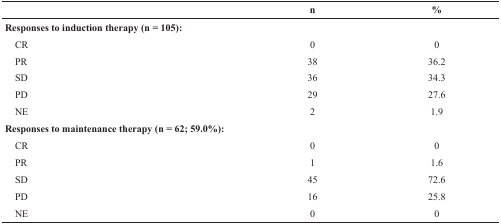
<table><thead><tr><td></td><td><b>n</b></td><td><b>%</b></td></tr></thead><tbody><tr><td colspan="2"><b>Responses to induction therapy (n = 105):</b></td><td></td></tr><tr><td> CR</td><td>0</td><td>0</td></tr><tr><td> PR</td><td>38</td><td>36.2</td></tr><tr><td> SD</td><td>36</td><td>34.3</td></tr><tr><td> PD</td><td>29</td><td>27.6</td></tr><tr><td> NE</td><td>2</td><td>1.9</td></tr><tr><td colspan="2"><b>Responses to maintenance therapy (n = 62; 59.0%):</b></td><td></td></tr><tr><td> CR</td><td>0</td><td>0</td></tr><tr><td> PR</td><td>1</td><td>1.6</td></tr><tr><td> SD</td><td>45</td><td>72.6</td></tr><tr><td> PD</td><td>16</td><td>25.8</td></tr><tr><td> NE</td><td>0</td><td>0</td></tr></tbody></table>